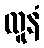
ထူနံ